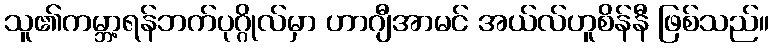
သူ၏ကမ္ဘာ့ရန်ဘက်ပုဂ္ဂိုလ်မှာ ဟာဂျီအာမင် အယ်လ်ဟူစိန်နီ ဖြစ်သည်။